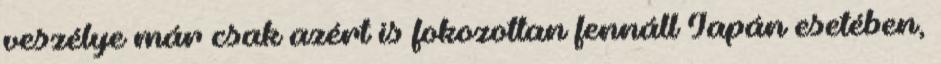
veszélye már csak azért is fokozottan fennáll Japán esetében,